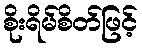
စိုးရိမ်စိတ်ဖြင့်